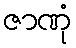
ဇာဏုံ